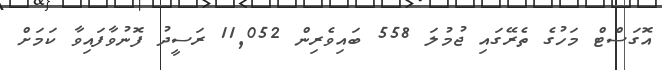
އޮގަސްޓް މަހުގެ ތެރޭގައި ޖުމުލަ 558 ބައިވެރިން 11